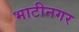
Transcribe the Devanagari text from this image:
भाटीनगर